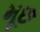
મૂછ